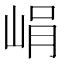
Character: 𡷡